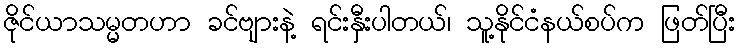
ဇိုင်ယာသမ္မတဟာ ခင်ဗျားနဲ့ ရင်းနှီးပါတယ်၊ သူ့နိုင်ငံနယ်စပ်က ဖြတ်ပြီး